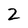
Character: 2